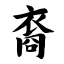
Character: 裔